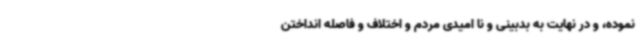
نموده، و در نهایت به بدبینی و نا امیدی مردم و اختلاف و فاصله انداختن